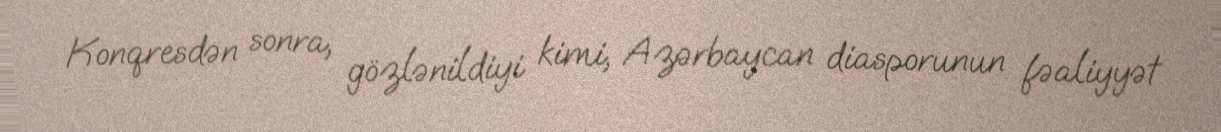
Konqresdən sonra, gözlənildiyi kimi, Azərbaycan diasporunun fəaliyyət